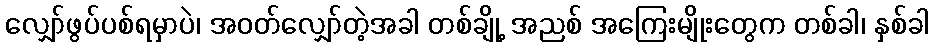
လျှော်ဖွပ်ပစ်ရမှာပဲ၊ အဝတ်လျှော်တဲ့အခါ တစ်ချို့ အညစ် အကြေးမျိုးတွေက တစ်ခါ၊ နှစ်ခါ